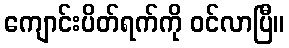
ကျောင်းပိတ်ရက်ကို ဝင်လာပြီ။